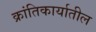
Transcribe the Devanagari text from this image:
क्रांतिकार्यातील